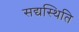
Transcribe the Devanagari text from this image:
सद्यस्थिति